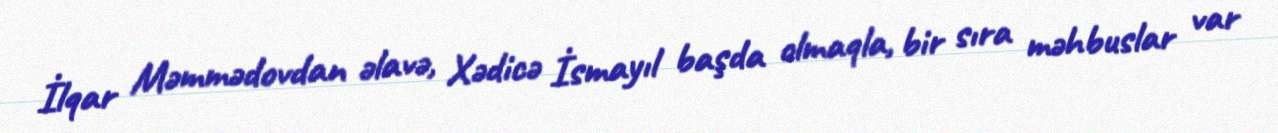
İlqar Məmmədovdan əlavə, Xədicə İsmayıl başda olmaqla, bir sıra məhbuslar var